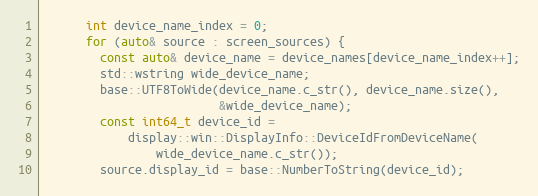
Language: C++
      int device_name_index = 0;
      for (auto& source : screen_sources) {
        const auto& device_name = device_names[device_name_index++];
        std::wstring wide_device_name;
        base::UTF8ToWide(device_name.c_str(), device_name.size(),
                         &wide_device_name);
        const int64_t device_id =
            display::win::DisplayInfo::DeviceIdFromDeviceName(
                wide_device_name.c_str());
        source.display_id = base::NumberToString(device_id);